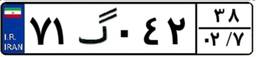
۷۱گ۰۴۲۳۸